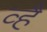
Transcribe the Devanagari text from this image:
व्है